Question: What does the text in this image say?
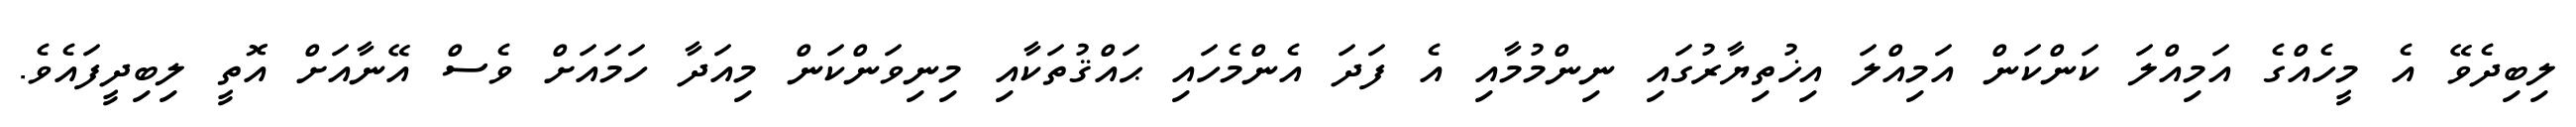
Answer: ލިބިދެވޭ އެ މީހެއްގެ އަމިއްލަ ކަންކަން އަމިއްލަ އިޚުތިޔާރުގައި ނިންމުމާއި އެ ފަދަ އެންމެހައި ޙައްޤުތަކާއި މިނިވަންކަން މިއަދާ ހަމައަށް ވެސް އޭނާއަށް އޮތީ ލިބިދީފައެވެ.